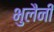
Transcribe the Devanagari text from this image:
भुलैनी